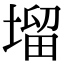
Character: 塯